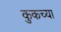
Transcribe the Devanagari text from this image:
कुकच्या